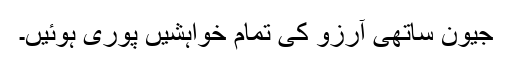
جیون ساتھی آرزو کی تمام خواہشیں پوری ہوئیں۔